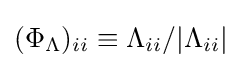
(\Phi _{\Lambda })_{ii}\equiv \Lambda _{ii}/|\Lambda _{ii}|